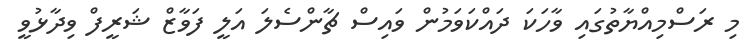
މި ރަސްމިއްޔާތުގައި ވާހަކަ ދައްކަވަމުން ވައިސް ޗާންސެލަ އަލީ ފަވާޒް ޝަރީފް ވިދާޅުވީ